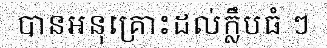
បានអនុគ្រោះដល់ក្លឹបធំ ៗ